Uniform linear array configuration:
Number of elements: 8
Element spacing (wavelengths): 0.75
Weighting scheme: hann
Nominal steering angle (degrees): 45
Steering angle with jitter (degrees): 43.741
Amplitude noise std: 0.05
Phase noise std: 0.05

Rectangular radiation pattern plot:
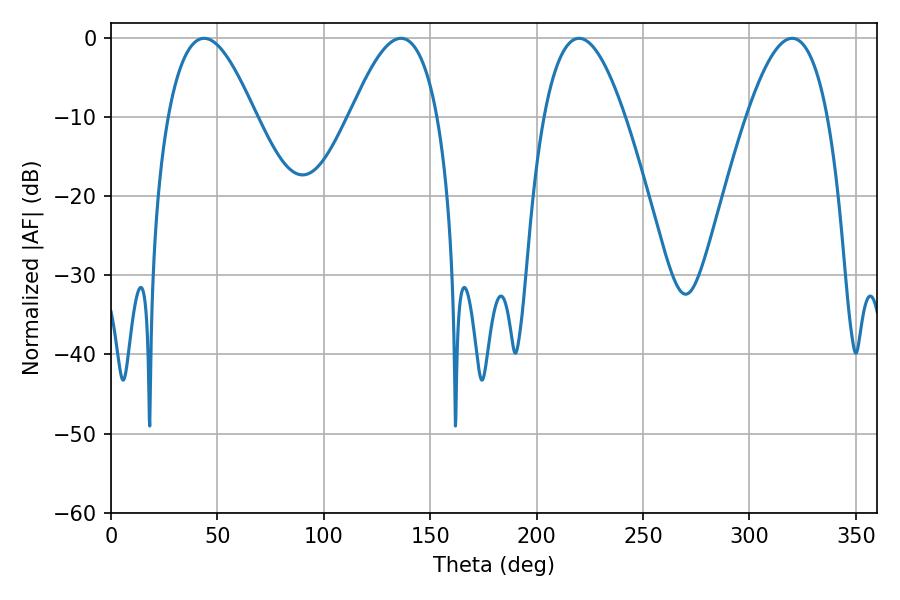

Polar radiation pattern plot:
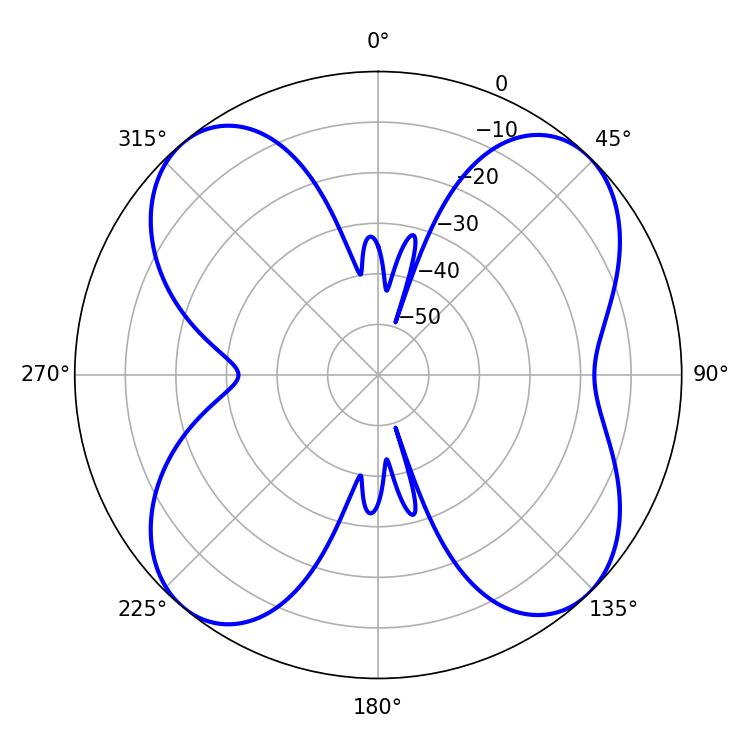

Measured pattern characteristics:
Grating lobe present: TRUE
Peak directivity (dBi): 13.092
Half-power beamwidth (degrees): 22.32
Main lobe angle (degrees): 43.74